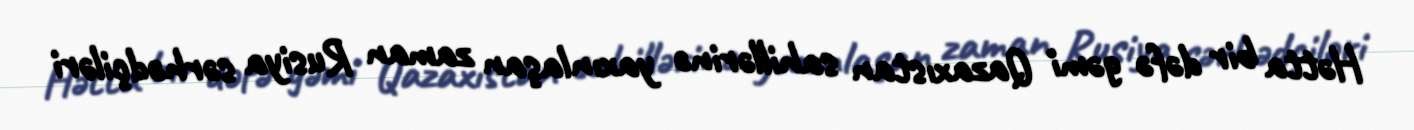
Hətta bir dəfə gəmi Qazaxıstan sahillərinə yaxınlaşan zaman Rusiya sərhədçiləri